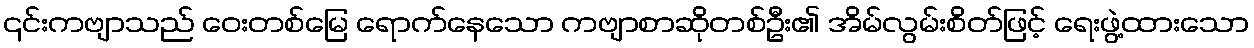
၎င်းကဗျာသည် ဝေးတစ်မြေ ရောက်နေသော ကဗျာစာဆိုတစ်ဦး၏ အိမ်လွမ်းစိတ်ဖြင့် ရေးဖွဲ့ထားသော